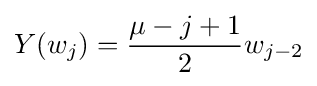
Y(w_{j})={\mu -j+1 \over 2}w_{j-2}